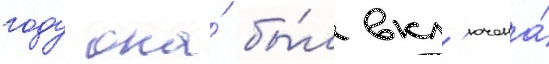
году она́ бы́л вкл'ючена́